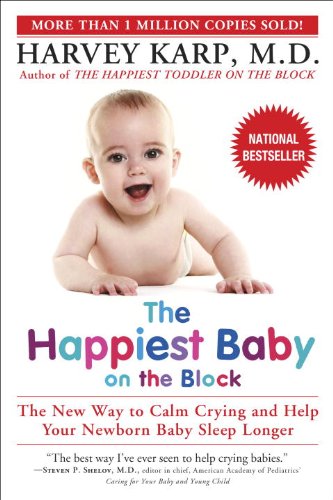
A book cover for The Happiest Baby on the Block; Harvey Karp; Parenting & Relationships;